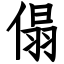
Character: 傝